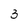
Character: 3